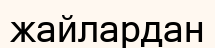
жайлардан